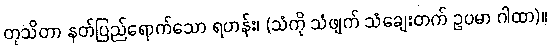
တုသိတာ နတ်ပြည်ရောက်သော ရဟန်း၊ (သံကို သံဖျက် သံချေးတက် ဥပမာ ဂါထာ)။